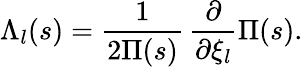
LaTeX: \Lambda_{l}(s)={\frac{1}{2\Pi(s)}}\, {\frac{\partial}{\partial\xi_{l}}}\Pi(s).